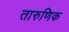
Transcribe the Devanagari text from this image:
तारुणिक